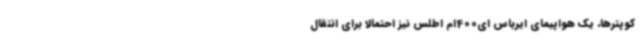
کوپترها، یک هواپیمای ایرباس ای400ام اطلس نیز احتمالا برای انتقال